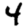
Digit: 4